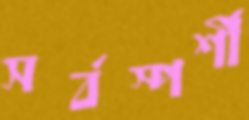
সর্বস্পর্শী